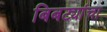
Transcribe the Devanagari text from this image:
बिबट्यांचा